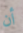
أن